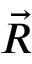
\vec { R }